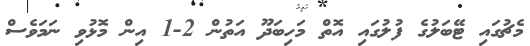
މެޗުގައި ޓޭބަލުގެ ފުލުގައި އޮތް މަހިބަދޫ އަތުން 2-1 އިން މޮޅުވި ނަމަވެސް